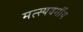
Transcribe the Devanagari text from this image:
मत्स्यवर्गीय